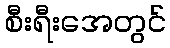
စီးရီးအေတွင်